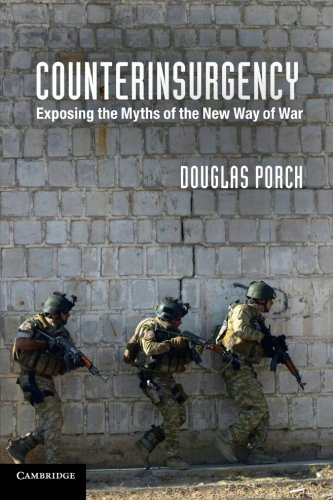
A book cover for Counterinsurgency: Exposing the Myths of the New Way of War; Douglas Porch; History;